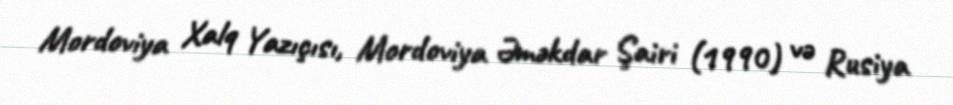
Mordoviya Xalq Yazıçısı, Mordoviya Əməkdar Şairi (1990) və Rusiya